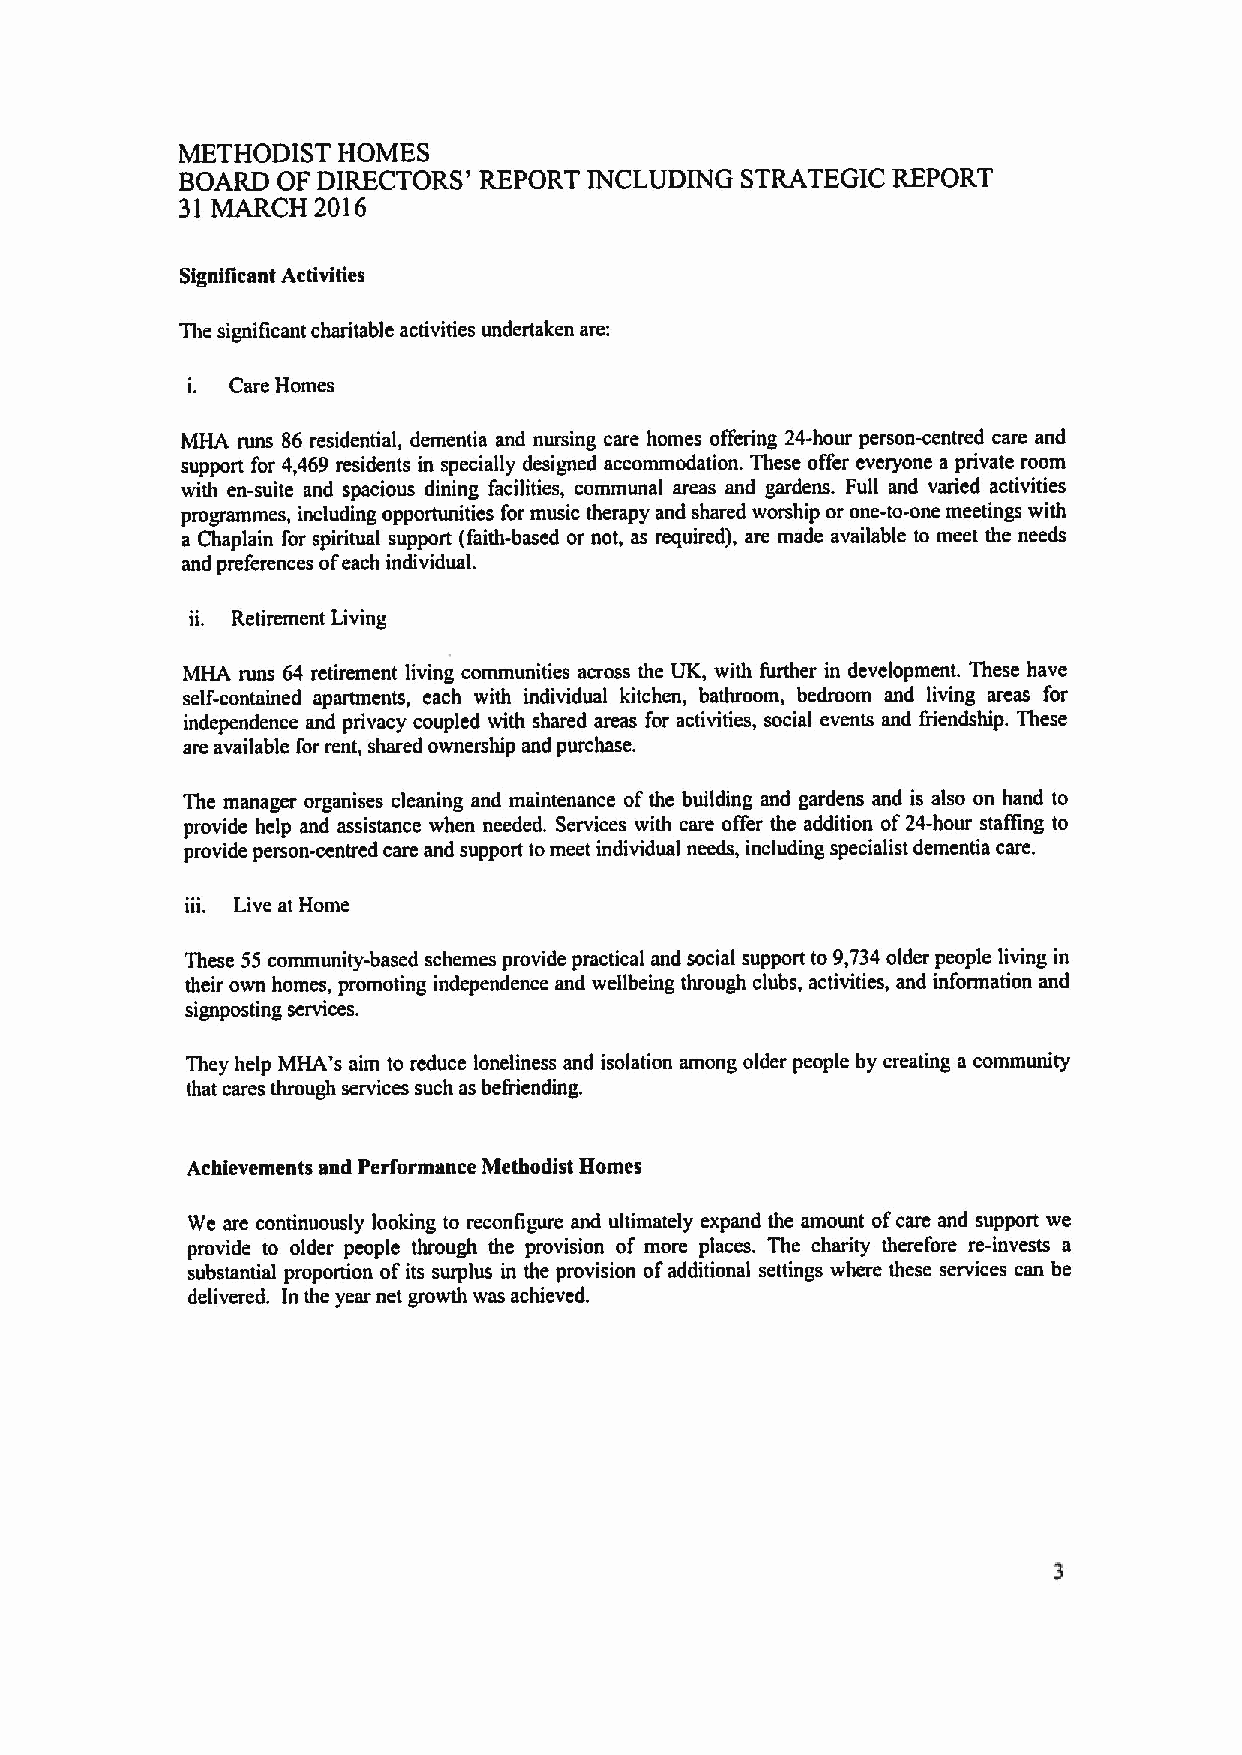
METHODIST HOMES
 BOARD OF DIRECTORS' REPORT INCLUDING STRATEGIC REPORT
 31 MARCH 2016
 Signillcant Activities
 The significant charitable activities undertaken are:
 i. Care Homes
 MHA runs 86 residential, dementia and nursing care homes offering 24-hour person-centred care and
 support for 4,469 residents in specially designed accommodation. These offer everyone a private room
 with en-suite and spacious dining facilities, communal areas and gardens. Full and varied activities
 programmes, including opportunities for music therapy and shared worship or one-to-one meetings with
 a Chaplain for spiritual support (faith-based or not, as required), are made available to meet the needs
 and preferences ofeach individual.
 ii. Retirement Living
 MHA runs 64 retirement living communities across the UK, with further in development. These have
 self-contained apartments, each with individual kitchen, bathroom, bedroom and living areas for
 independence and privacy coupled with shared areas for activities, social events and fiiendship. These
 are available for rent, shared ownership and purchase.
 The manager organises cleaning and maintenance ofthe building and gardens and is also on hand to
 provide help and assistance when needed. Services with care offer the addition of24hour staffing to
 provide person-centred care and support tomeet individual needs, including specialist dementia care.
 iii. Live at Home
 These 55 community-based schemes provide practical and social support to 9,734older people living in
 their own homes, promoting independence and wellbeing through clubs, activities, and information and
 signposting services.
 They help MHA's aim to reduce loneliness and isolation among older people by creating a community
 that cares through services such as befiiending.
 Achievements and Performance Methodist Homes
 We are continuously looking to reconfigure and ultimately expand the amount ofcare and support we
 provide to older people through the provision of more places. The charity therefore re-invests a
 substantial proportion ofits surplus in the provision ofadditional settings where these services can be
 delivered. ln the year net growth was achieved.